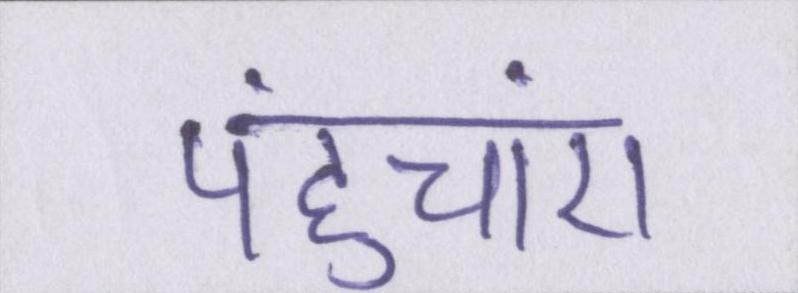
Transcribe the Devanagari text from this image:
पहुंचाएं